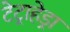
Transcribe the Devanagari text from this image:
टेट्राहेड्रा